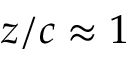
z / c \approx 1